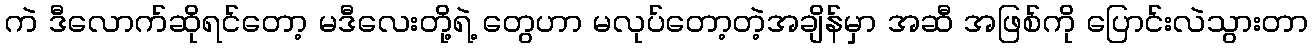
ကဲ ဒီလောက်ဆိုရင်တော့ မဒီလေးတို့ရဲ့ တွေဟာ မလုပ်တော့တဲ့အချိန်မှာ အဆီ အဖြစ်ကို ပြောင်းလဲသွားတာ